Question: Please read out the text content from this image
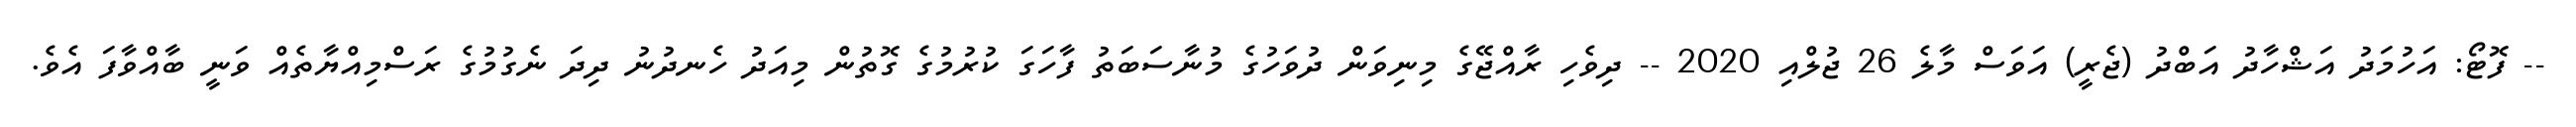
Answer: -- ފޮޓޯ: އަހުމަދު އަޝްހާދު އަބްދު (ޖެރީ) އަވަސް މާލެ 26 ޖުލްއި 2020 -- ދިވެހި ރާއްޖޭގެ މިނިވަން ދުވަހުގެ މުނާސަބަތު ފާހަގަ ކުރުމުގެ ގޮތުން މިއަދު ހެނދުނު ދިދަ ނެގުމުގެ ރަސްމިއްޔާތެއް ވަނީ ބާއްވާފަ އެވެ.